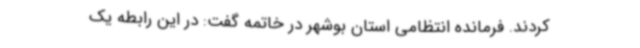
کردند. فرمانده انتظامی استان بوشهر در خاتمه گفت: در این رابطه یک